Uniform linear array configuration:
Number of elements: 48
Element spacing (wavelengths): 1
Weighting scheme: cosine
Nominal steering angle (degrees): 45
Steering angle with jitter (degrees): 46.501
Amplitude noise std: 0.05
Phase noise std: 0.05

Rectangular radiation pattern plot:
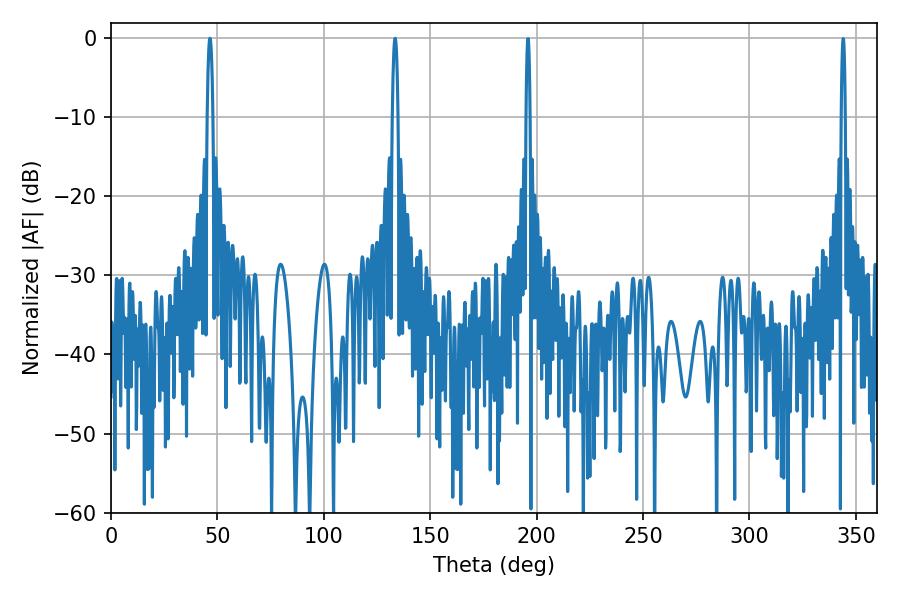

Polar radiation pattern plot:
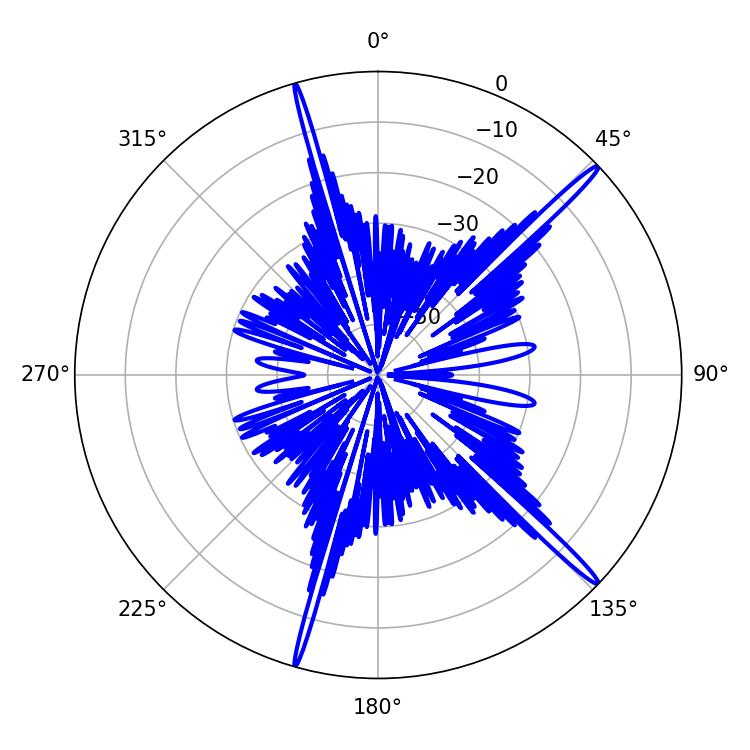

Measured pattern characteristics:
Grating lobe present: TRUE
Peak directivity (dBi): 17.915
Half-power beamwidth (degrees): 1.44
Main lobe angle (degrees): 46.44